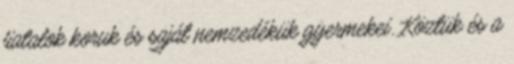
fiatalok koruk és saját nemzedékük gyermekei. Köztük és a